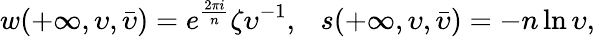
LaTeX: w(+\infty,\upsilon,\bar{\upsilon})=e^{\frac{2\pi i}{n}}\zeta{\upsilon}^{-1},~~~s(+\infty,\upsilon,\bar{\upsilon})=-n\ln{\upsilon},